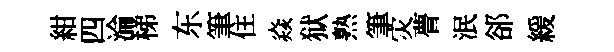
紺四淪梯东筆住焱狱熟筆灾瞢泯郤緩